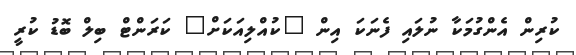
ކުރިން އެންގުމަކާ ނުލައި ފެނަކަ އިން "ކުއްލިއަކަށް" ކަރަންޓް ބިލް ބޮޑު ކުރީ